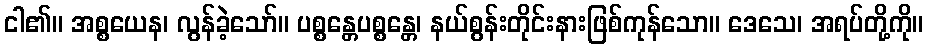
ငါ၏။ အစ္စယေန၊ လွန်ခဲ့သော်။ ပစ္စန္တေပစ္စန္တေ၊ နယ်စွန်းတိုင်းနားဖြစ်ကုန်သော။ ဒေသေ၊ အရပ်တို့ကို။